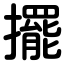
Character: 擺